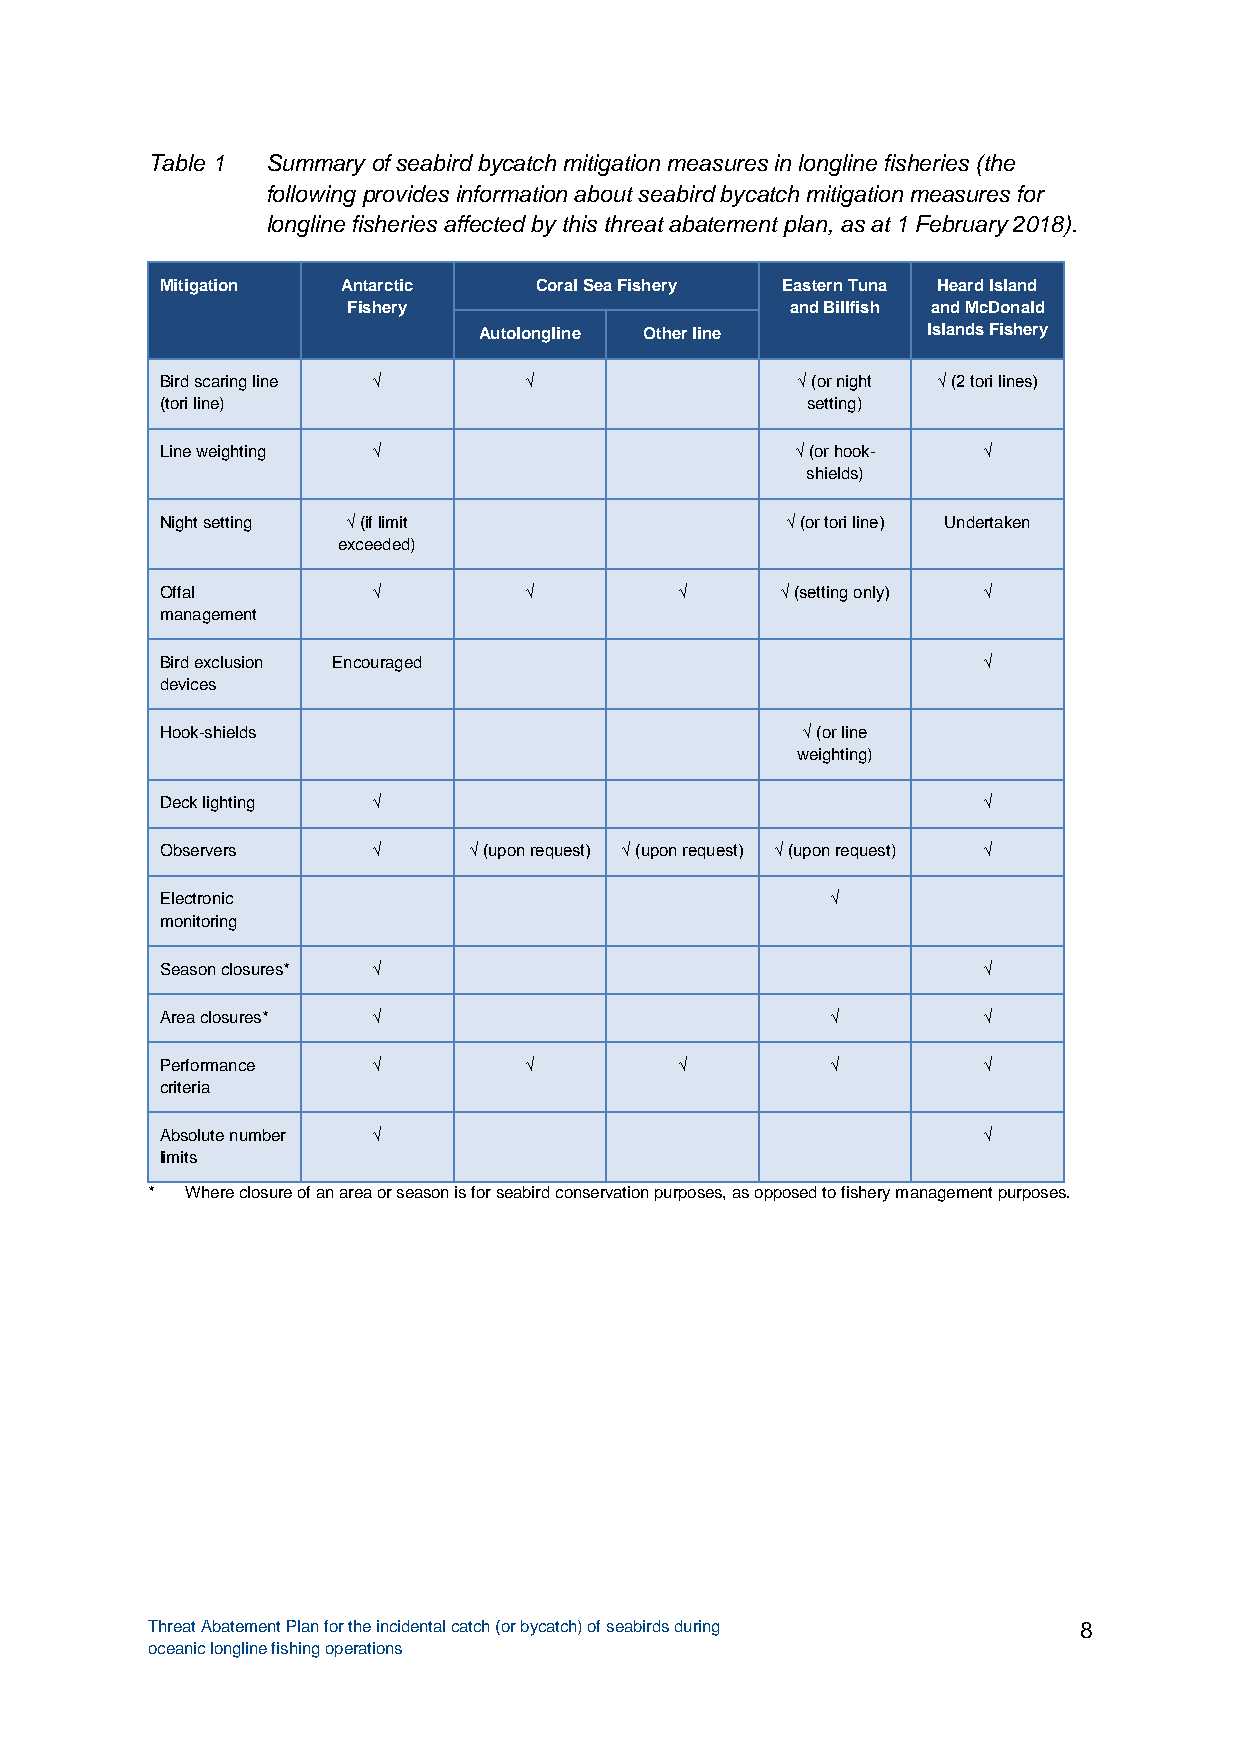
Table 1 Summary of seabird bycatch mitigation measures in longline fisheries (the
 following provides information about seabird bycatch mitigation measures for
 longline fisheries affected by this threat abatement plan, as at 1 February 2018).
 Mitigation  Antarctic   Coral Sea Fishery Eastern Tuna Heard Island
 Fishery                      and Billfish and McDonald
 Autolongline Other line      Islands Fishery
 Bird scaring line √     √                 √ (or night √ (2 tori lines)
 (tori line)                               setting)
 Line weighting √                          √ (or hook- √
 shields)
 Night setting √ (if limit                √ (or tori line) Undertaken
 exceeded)
 Offal         √         √         √      √ (setting only) √
 management
 Bird exclusion Encouraged                             √
 devices
 Hook-shields                              √ (or line
 weighting)
 Deck lighting √                                       √
 Observers     √     √ (upon request) √ (upon request) √ (upon request) √
 Electronic                                  √
 monitoring
 Season closures* √                                    √
 Area closures* √                            √         √
 Performance   √         √         √         √         √
 criteria
 Absolute number √                                     √
 limits
 * Where closure of an area or season is for seabird conservation purposes, as opposed to fishery management purposes.
 Threat Abatement Plan for the incidental catch (or bycatch) of seabirds during 8
 oceanic longline fishing operations